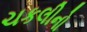
ચકલીનો